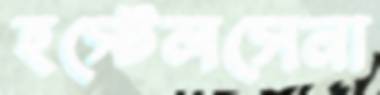
হস্টেলসেনা